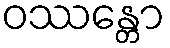
ဝဿန္တော